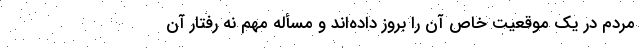
مردم در یک موقعیت خاص آن را بروز داده‌اند و مسأله مهم نه رفتار آن